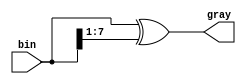
// Copyright 2007 Altera Corporation. All rights reserved.  
// Altera products are protected under numerous U.S. and foreign patents, 
// maskwork rights, copyrights and other intellectual property laws.  
//
// This reference design file, and your use thereof, is subject to and governed
// by the terms and conditions of the applicable Altera Reference Design 
// License Agreement (either as signed by you or found at www.altera.com).  By
// using this reference design file, you indicate your acceptance of such terms
// and conditions between you and Altera Corporation.  In the event that you do
// not agree with such terms and conditions, you may not use the reference 
// design file and please promptly destroy any copies you have made.
//
// This reference design file is being provided on an "as-is" basis and as an 
// accommodation and therefore all warranties, representations or guarantees of 
// any kind (whether express, implied or statutory) including, without 
// limitation, warranties of merchantability, non-infringement, or fitness for
// a particular purpose, are specifically disclaimed.  By making this reference
// design file available, Altera expressly does not recommend, suggest or 
// require that this reference design file be used in combination with any 
// other product not provided by Altera.
/////////////////////////////////////////////////////////////////////////////

// implemented as (WIDTH-1) two input XOR gates

module bin_to_gray (bin,gray);

parameter WIDTH = 8;

input [WIDTH-1:0] bin;
output [WIDTH-1:0] gray;
wire [WIDTH-1:0] gray;

assign gray = bin ^ (bin >> 1);

endmodule